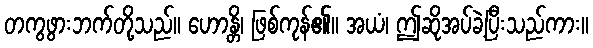
တကွဖွားဘက်တို့သည်။ ဟောန္တိ၊ ဖြစ်ကုန်၏။ အယံ၊ ဤဆိုအပ်ခဲ့ပြီးသည်ကား။